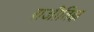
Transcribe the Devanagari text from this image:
राजीतिज्ञ